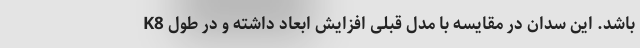
K8 باشد. این سدان در مقایسه با مدل قبلی افزایش ابعاد داشته و در طول